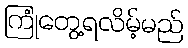
ကြုံတွေ့ရလိမ့်မည်